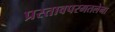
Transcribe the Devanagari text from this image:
प्रस्तावपरमतलेना